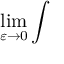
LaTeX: \operatorname * { l i m } _ { \varepsilon \to 0 } \int